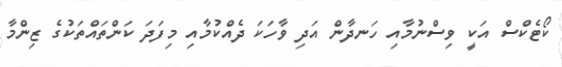
ކޯޓެކްސް އަކީ ވިސްނުމާއި ހަނދާން އަދި ވާހަކަ ދެއްކުމާއި މިފަދަ ކަންތައްތަކުގެ ޒިންމާ